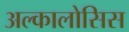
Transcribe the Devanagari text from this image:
अल्कालोसिस